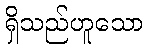
ရှိသည်ဟူသော